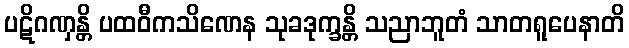
ပဋိဂဏှန္တိ ပထဝီကသိဏေန သုခဒုက္ခန္တိ သညာဘူတံ သာတရူပေနာတိ